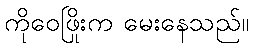
ကိုဝေဖြိုးက မေးနေသည်။